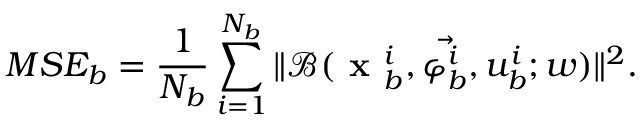
M S E _ { b } = \frac { 1 } { N _ { b } } \sum _ { i = 1 } ^ { N _ { b } } \| \mathcal { B } ( \textbf { x } _ { b } ^ { i } , \vec { \varphi _ { b } ^ { i } } , u _ { b } ^ { i } ; w ) \| ^ { 2 } .